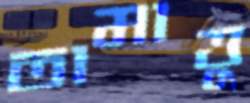
তামাত্তু